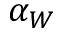
\alpha _ { W }